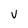
Character: V